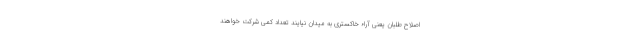
اصلاح طلبان یعنی آراء خاکستری به میدان نیایند تعداد کمی شرکت خواهند